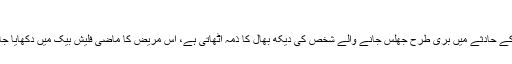
دی انگلش پیشنٹ، 1996 (The English Patient)
دوسری جنگ عظیم سے کچھ عرصہ پہلے ایک نوجوان نرس ایک طیارے کے حادثے میں بری طرح جھلس جانے والے شخص کی دیکھ بھال کا ذمہ اٹھاتی ہے، اس مریض کا ماضی فلیش بیک میں دکھایا جاتا ہے جس سے انکشاف ہوتا ہے کہ وہ کسی کی محبت میں گرفتار ہوتا ہے۔